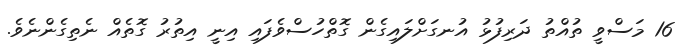
16 މަސްވީ ތުއްތު ދަރިފުޅު އުނގަށްލައިގެން ގޮތްހުސްވެފައި އިނީ އިތުރު ގޮތެއް ނެތިގެންނެވެ.